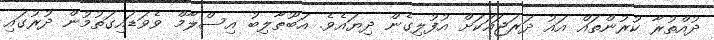
ދުއްތުރާ ކުރުންތައް އައު ދަރަޖައަކަށް އުފުލިގެން ދިޔައެވެ. އަބޫޠާލިބު އިސްލާމް ވެވަޑައިގަތުމުން ދުރުގައި